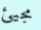
مجيئ